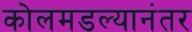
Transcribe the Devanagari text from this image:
कोलमडल्यानंतर